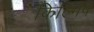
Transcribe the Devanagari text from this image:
किल्मिषं